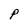
Character: P